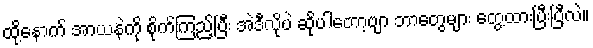
ထို့နောက် အာယနဲကို စိုက်ကြည့်ပြီး အဲဒီလိုပဲ ဆိုပါတော့ဗျာ ဘာတွေများ တွေ့ထားပြီးပြီလဲ။